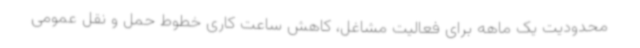
محدودیت یک ماهه برای فعالیت مشاغل، کاهش ساعت کاری خطوط حمل و نقل عمومی